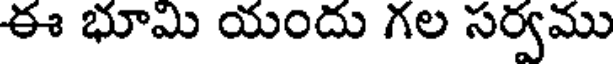
ఈ భూమి యందు గల సర్వము